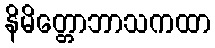
နိမိတ္တောဘာသကထာ